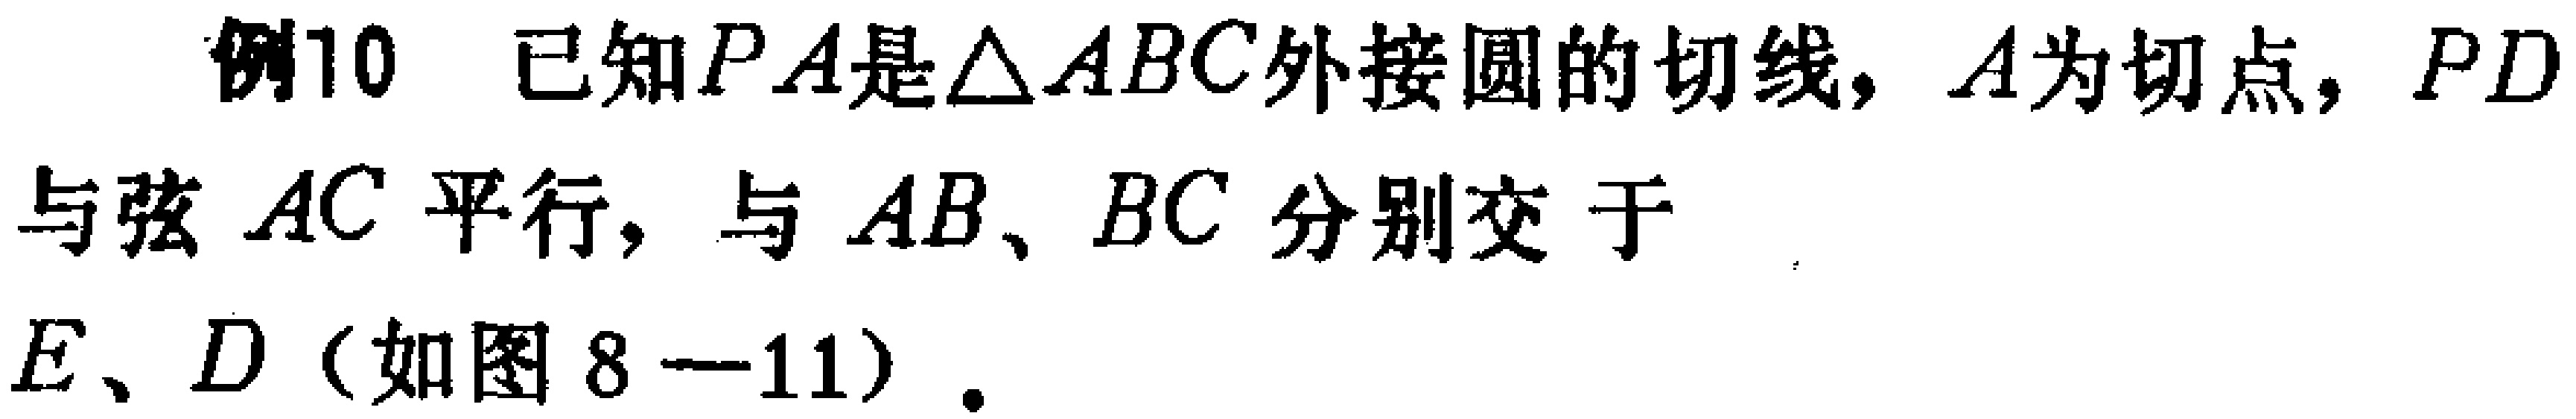
例10 已知\(PA\)是\(\triangle ABC\)外接圆的切线，\(A\)为切点，\(PD\)与弦 \(AC\) 平行，与 \(AB\)、\(BC\) 分别交于 \(E\)、\(D\)（如图 \(8 - 11\)）.